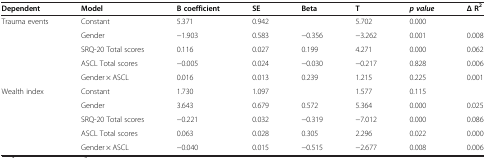
| Dependent | Model | B coefficient | SE | Beta | T | p value | Δ R2 |
 | --- | --- | --- | --- | --- | --- | --- | --- |
 | Trauma events | Constant | 5.371 | 0.942 |  | 5.702 | 0.000 |  |
 |  | Gender | −1.903 | 0.583 | −0.356 | −3.262 | 0.001 | 0.008 |
 |  | SRQ-20 Total scores | 0.116 | 0.027 | 0.199 | 4.271 | 0.000 | 0.062 |
 |  | ASCL Total scores | −0.005 | 0.024 | −0.030 | −0.217 | 0.828 | 0.006 |
 |  | Gender × ASCL | 0.016 | 0.013 | 0.239 | 1.215 | 0.225 | 0.001 |
 | Wealth index | Constant | 1.730 | 1.097 |  | 1.577 | 0.115 |  |
 |  | Gender | 3.643 | 0.679 | 0.572 | 5.364 | 0.000 | 0.025 |
 |  | SRQ-20 Total scores | −0.221 | 0.032 | −0.319 | −7.012 | 0.000 | 0.086 |
 |  | ASCL Total scores | 0.063 | 0.028 | 0.305 | 2.296 | 0.022 | 0.000 |
 |  | Gender × ASCL | −0.040 | 0.015 | −0.515 | −2.677 | 0.008 | 0.006 |